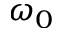
\omega _ { 0 }